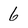
Character: 6